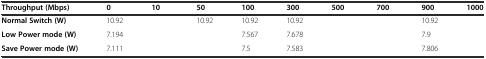
<table><thead><tr><td><b>Throughput (Mbps)</b></td><td><b>0</b></td><td><b>10</b></td><td><b>50</b></td><td><b>100</b></td><td><b>300</b></td><td><b>500</b></td><td><b>700</b></td><td><b>900</b></td><td><b>1000</b></td></tr></thead><tbody><tr><td><b>Normal Switch (W)</b></td><td>10.92</td><td>[EMPTY_CELL]</td><td>10.92</td><td>10.92</td><td>10.92</td><td>[EMPTY_CELL]</td><td>[EMPTY_CELL]</td><td>10.92</td><td>[EMPTY_CELL]</td></tr><tr><td><b>Low Power mode (W)</b></td><td>7.194</td><td>[EMPTY_CELL]</td><td>[EMPTY_CELL]</td><td>7.567</td><td>7.678</td><td>[EMPTY_CELL]</td><td>[EMPTY_CELL]</td><td>7.9</td><td>[EMPTY_CELL]</td></tr><tr><td><b>Save Power mode (W)</b></td><td>7.111</td><td>[EMPTY_CELL]</td><td>[EMPTY_CELL]</td><td>7.5</td><td>7.583</td><td>[EMPTY_CELL]</td><td>[EMPTY_CELL]</td><td>7.806</td><td>[EMPTY_CELL]</td></tr></tbody></table>